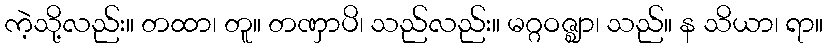
ကဲ့သို့လည်း။ တထာ၊ တူ။ တဏှာပိ၊ သည်လည်း။ မဂ္ဂဝဇ္ဈာ၊ သည်။ န သိယာ၊ ရာ။